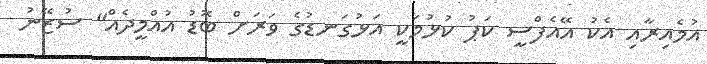
އުމެއިރާއި އެކު އޭއެފްސީ ކަޕު ކުޅުމަކީ އަޅުގަނޑުގެ ވަރަށް ބޮޑު އުއްމީދެއް" ސުޒޭނު